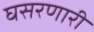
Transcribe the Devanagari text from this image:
घसरणारी